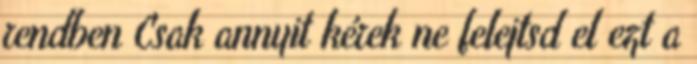
rendben Csak annyit kérek ne felejtsd el ezt a